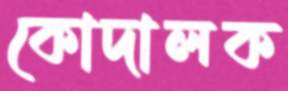
কোদালক